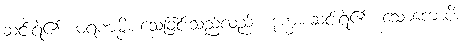
ဆင်းရဲ၏။ မရဏမ္ပိ၊ သေခြင်းသည်လည်း။ ဒုက္ခံ၊ ဆင်းရဲ၏။ သောကောပိ၊